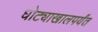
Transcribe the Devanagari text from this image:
घोट्याखालपर्यंत